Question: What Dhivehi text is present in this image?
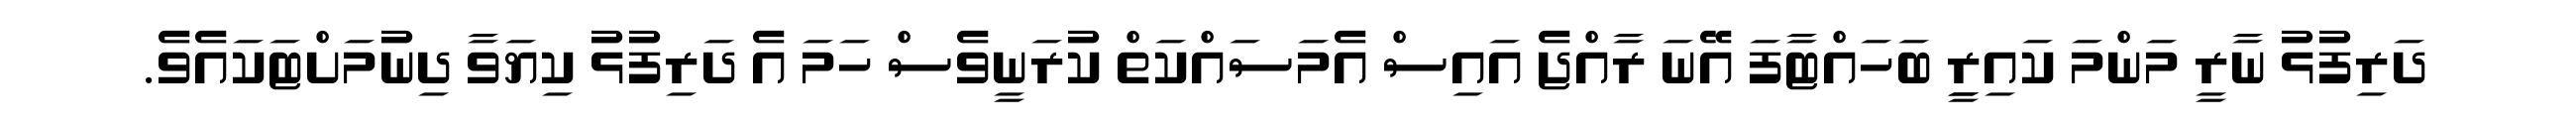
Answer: ދަރިފުޅު ނާރީ މަންމަ ކައިރިީ ބަހައްޓާފަ އޭނަ ރާއްޖެ އައިސް އެމަސައްކަތް ކުރަނީވެސް ހަމަ އެ ދަރިފުޅު ކިޔަވާ ދިނުމަށްޓަކައެވެ.